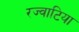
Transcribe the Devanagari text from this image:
रज्वाटिया